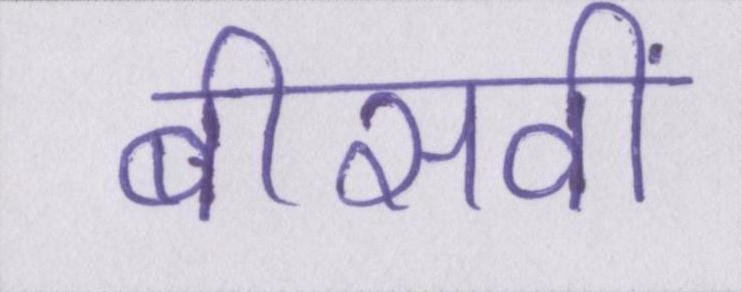
बीसवीं